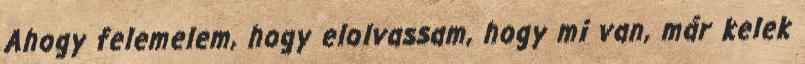
Ahogy felemelem, hogy elolvassam, hogy mi van, már kelek